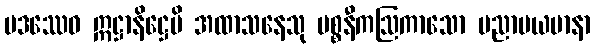
ပဒဿေဝ ဣဋ္ဌာနိဋ္ဌေပိ အထာသနေသု ပစ္စနီကဩကာသော ပညာပယမာနာ